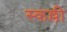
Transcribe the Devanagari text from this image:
स्कल्ली